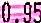
0.95